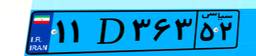
۶۳D۷۹۹۱۰